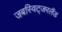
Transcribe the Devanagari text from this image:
जबस्विट्जरलैंड